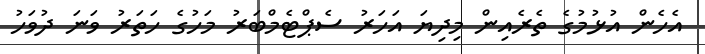
އެހެން އުޅުމުގެ ތެރެއިން މިދިޔަ އަހަރު ސެޕްޓެމްބަރު މަހުގެ ހަތަރު ވަނަ ދުވަހު